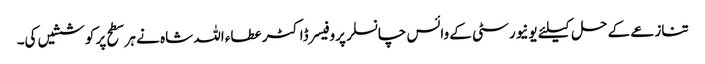
تنازعے کے حل کیلئے یونیورسٹی کے وائس چانسلر پروفیسر ڈاکٹر عطاء اللہ شاہ نے ہر سطح پر کوششیں کی۔